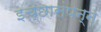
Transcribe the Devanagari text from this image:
इच्छासंपन्न